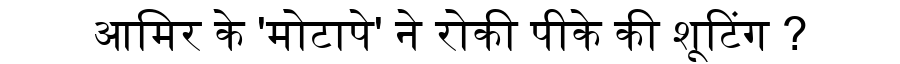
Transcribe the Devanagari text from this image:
आमिर के 'मोटापे' ने रोकी पीके की शूटिंग ?